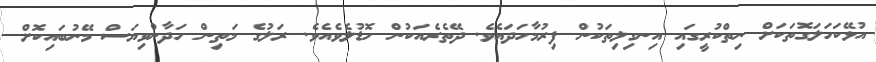
އުޅޭކަހަލަގޮތަކަށް ނިތްކުރީގައި އިނގިލިތަކުން ފިރުމާހަދައެވެ. ދޭތެރެއަކުން ހޮޑުލެވެއެވެ. ރަލުގެ މަތިން ހަދާންވިޔަސް މޭނުބައިކޮށް